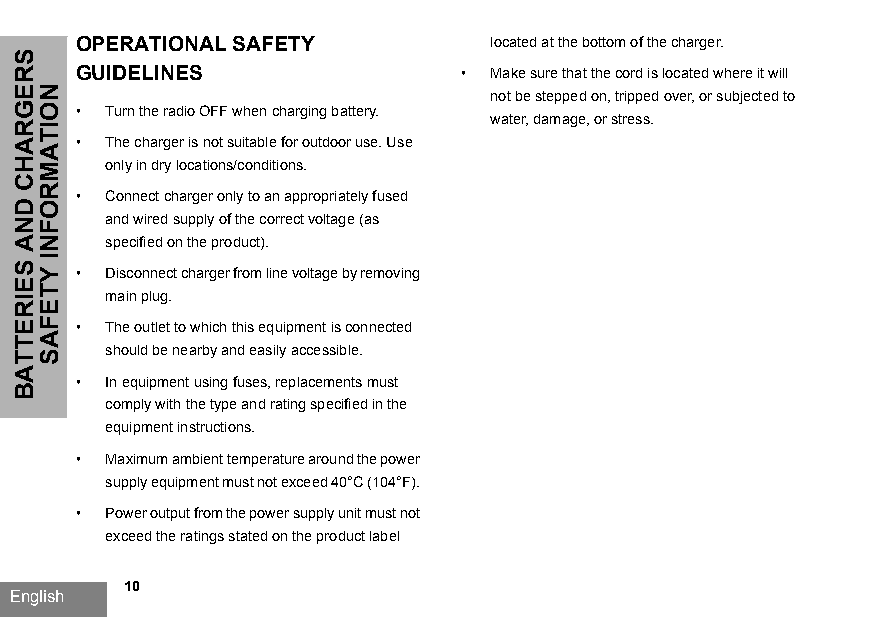
OPERATIONAL SAFETY          located at the bottom of the charger.
 GUIDELINES                • Make sure that the cord is located where it will
 not be stepped on, tripped over, or subjected to
 • Turn the radio OFF when charging battery.
 water, damage, or stress.
 • The charger is not suitable for outdoor use. Use
 only in dry locations/conditions.
 • Connect charger only to an appropriately fused
 and wired supply of the correct voltage (as
 specified on the product).
 • Disconnect charger from line voltage by removing
 main plug.
 • The outlet to which this equipment is connected
 should be nearby and easily accessible.
 • In equipment using fuses, replacements must
 comply with the type and rating specified in the
 equipment instructions.
 • Maximum ambient temperature around the power
 supply equipment must not exceed 40°C (104°F).
 • Power output from the power supply unit must not
 exceed the ratings stated on the product label
 10
 English
 SREGRAHC
 DNA
 SEIRETTAB
 NOITAMROFNI
 YTEFAS